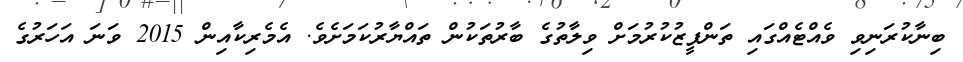
ބިނާކުރަނިވި ވެއްޓެއްގައި ތަންފީޒުކުރުމަށް ވިލާތުގެ ބާރުތަކުން ތައްޔާރުކަމަށެވެ. އެމެރިކާއިން 2015 ވަނަ އަހަރުގެ